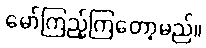
မော်ကြည့်ကြတော့မည်။